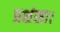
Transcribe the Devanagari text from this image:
प्रशंसा।